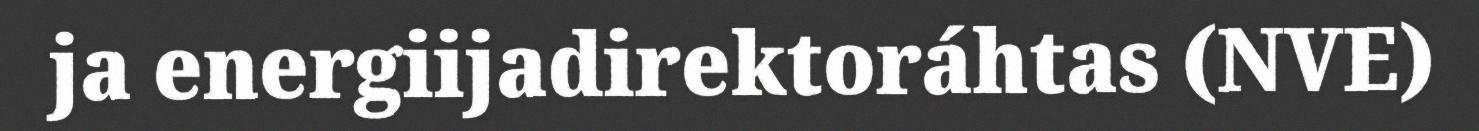
ja energiijadirektoráhtas (NVE)